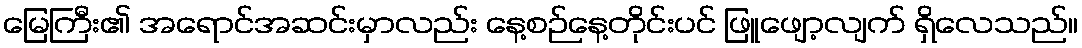
မြေကြီး၏ အရောင်အဆင်းမှာလည်း နေ့စဉ်နေ့တိုင်းပင် ဖြူဖျော့လျက် ရှိလေသည်။